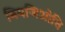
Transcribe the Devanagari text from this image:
बियजिओत्ति